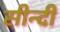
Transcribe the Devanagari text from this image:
सीन्दी